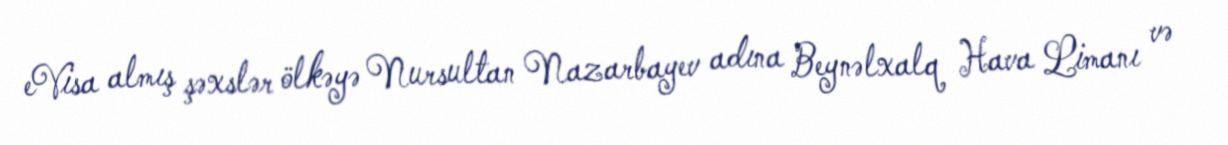
eVisa almış şəxslər ölkəyə Nursultan Nazarbayev adına Beynəlxalq Hava Limanı və